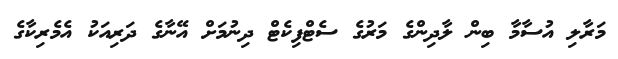
މަރާލި އުސާމާ ބިން ލާދިންގެ މަރުގެ ސެޓްފިކެޓް ދިނުމަށް އޭނާގެ ދަރިއަކު އެމެރިކާގެ